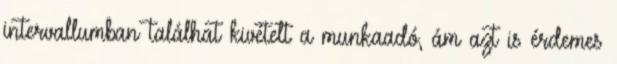
intervallumban találhat kivételt a munkaadó, ám azt is érdemes